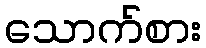
သောက်စား